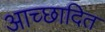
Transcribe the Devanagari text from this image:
आच्‍छादित